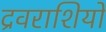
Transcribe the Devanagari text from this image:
द्रवराशियों